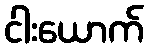
ငါးယောက်